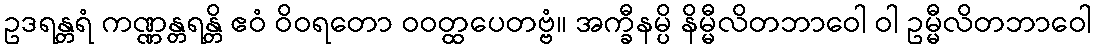
ဥဒရန္တရံ ကဏ္ဏန္တရန္တိ ဧဝံ ဝိဝရတော ဝဝတ္ထပေတဗ္ဗံ။ အက္ခီနမ္ပိ နိမ္မီလိတဘာဝေါ ဝါ ဥမ္မီလိတဘာဝေါ